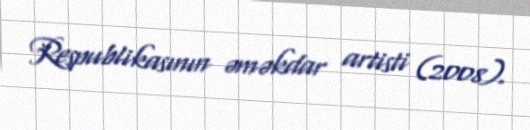
Respublikasının əməkdar artisti (2008).